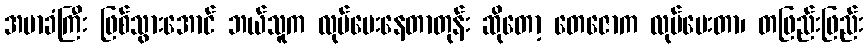
အမာခံကြီး ဖြစ်သွားအောင် ဘယ်သူက လုပ်ပေးနေတာတုန်း ဆိုတော့ တေဇောက လုပ်ပေးတာ၊ တဖြည်းဖြည်း